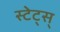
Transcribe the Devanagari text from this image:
स्टेट्स्